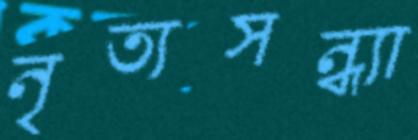
নৃত্যসন্ধ্যা